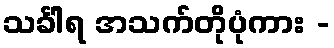
သင်္ခါရ အသက်တိုပုံကား -